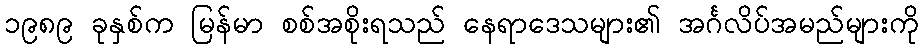
၁၉၈၉ ခုနှစ်က မြန်မာ စစ်အစိုးရသည် နေရာဒေသများ၏ အင်္ဂလိပ်အမည်များကို